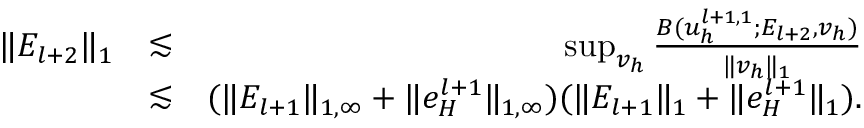
\begin{array} { r l r } { \| E _ { l + 2 } \| _ { 1 } } & { \lesssim } & { \operatorname* { s u p } _ { v _ { h } } \frac { B ( u _ { h } ^ { l + 1 , 1 } ; E _ { l + 2 } , v _ { h } ) } { \| v _ { h } \| _ { 1 } } } \\ & { \lesssim } & { ( \| E _ { l + 1 } \| _ { 1 , \infty } + \| e _ { H } ^ { l + 1 } \| _ { 1 , \infty } ) ( \| E _ { l + 1 } \| _ { 1 } + \| e _ { H } ^ { l + 1 } \| _ { 1 } ) . } \end{array}